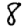
Digit: 8